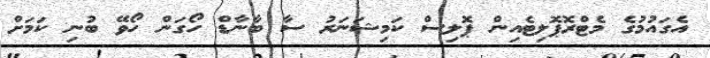
އެގައުމުގެ މެޓްރޮޕޮލިޓެއިން ޕޮލިސް ކަމިޝަނަރު ސާ ބާނާޑް ހޯގަން ހޯވޭ ބުނި ކަމަށް